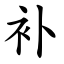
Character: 补